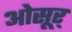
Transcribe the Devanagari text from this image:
ओसूर्